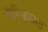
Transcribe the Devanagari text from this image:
हरिनामात